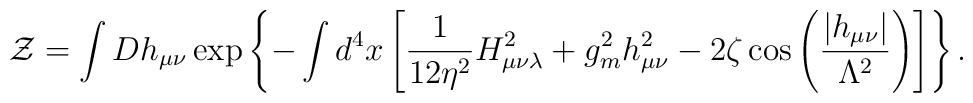
{\cal Z}=\int Dh_{\mu\nu}\exp\left\{-\int d^4x\left[\frac{1}{12\eta^2}H_{\mu\nu\lambda}^2+g_m^2h_{\mu\nu}^2-2\zeta\cos\left(\frac{\left|h_{\mu\nu}\right|}{\Lambda^2}\right)\right]\right\}.